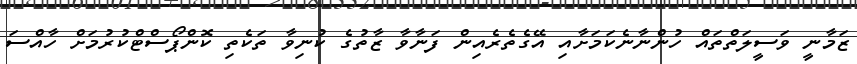
ޒަމާނީ ވަސީލަތްތައް ހުންނާނެކަމަށާއި އޭގެތެރެއިން ފަނާވާ ޒާތުގެ ކުނިވާ ތަކެތި ކޮންޕޯސްޓްކުރުމަށް ހާއްސަ